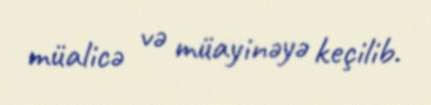
müalicə və müayinəyə keçilib.